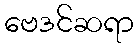
ဗေဒင်ဆရာ